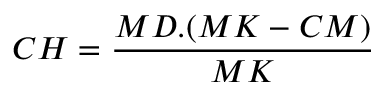
C H = { \frac { M D . ( M K - C M ) } { M K } }